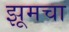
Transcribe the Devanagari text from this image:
झूमचा